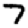
Digit: 7